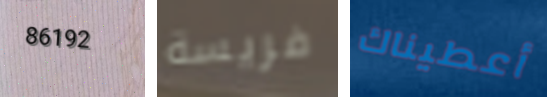
86192 فريسة أعطيناك